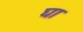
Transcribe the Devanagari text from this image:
घा